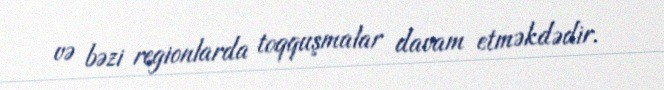
və bəzi regionlarda toqquşmalar davam etməkdədir.